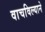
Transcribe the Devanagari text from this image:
वाचविल्याने